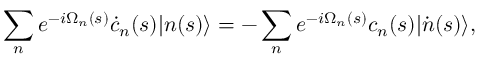
\sum _ { n } e ^ { - i \Omega _ { n } ( s ) } \dot { c } _ { n } ( s ) | n ( s ) \rangle = - \sum _ { n } e ^ { - i \Omega _ { n } ( s ) } c _ { n } ( s ) | \dot { n } ( s ) \rangle ,